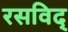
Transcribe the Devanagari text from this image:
रसविद्